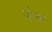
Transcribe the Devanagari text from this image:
जेन्फ़